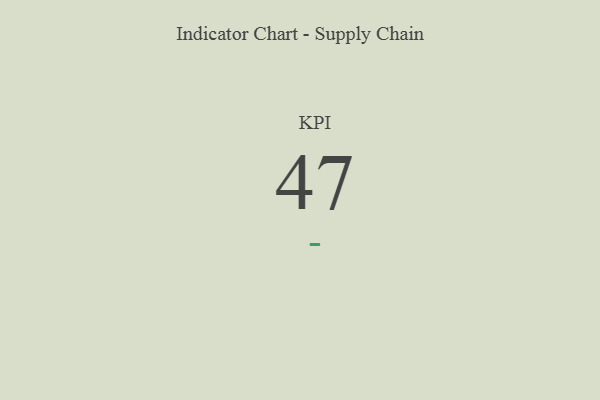
{"axis": {"x": "KPI", "y": "Value"}, "legend": [""], "data": [{"x": "KPI", "y": 47, "type": ""}]}